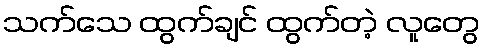
သက်သေ ထွက်ချင် ထွက်တဲ့ လူတွေ